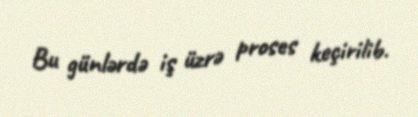
Bu günlərdə iş üzrə proses keçirilib.